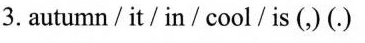
3.autumn_/it/in /cool/ is (,) (.)